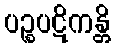
ပဉ္စပဋိကန္တိ